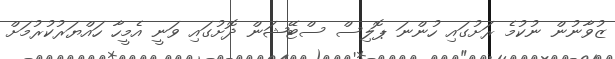
ޒުވާނުން ނުކުމެ ރަށުގައި ހުންނަ ޕޮލިސް ސްޓޭޝަން ދޮށުގައި ވަނީ އެމީހާ ހައްޔަރުކުރުމަށް